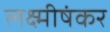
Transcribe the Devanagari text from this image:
लक्ष्मीषंकर